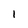
Character: 1